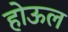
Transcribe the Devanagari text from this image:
होऊल